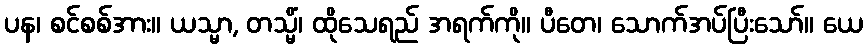
ပန၊ စင်စစ်အား။ ယသ္မာ, တသ္မိံ၊ ထိုသေရည် အရက်ကို။ ပီတေ၊ သောက်အပ်ပြီးသော်။ ယေ